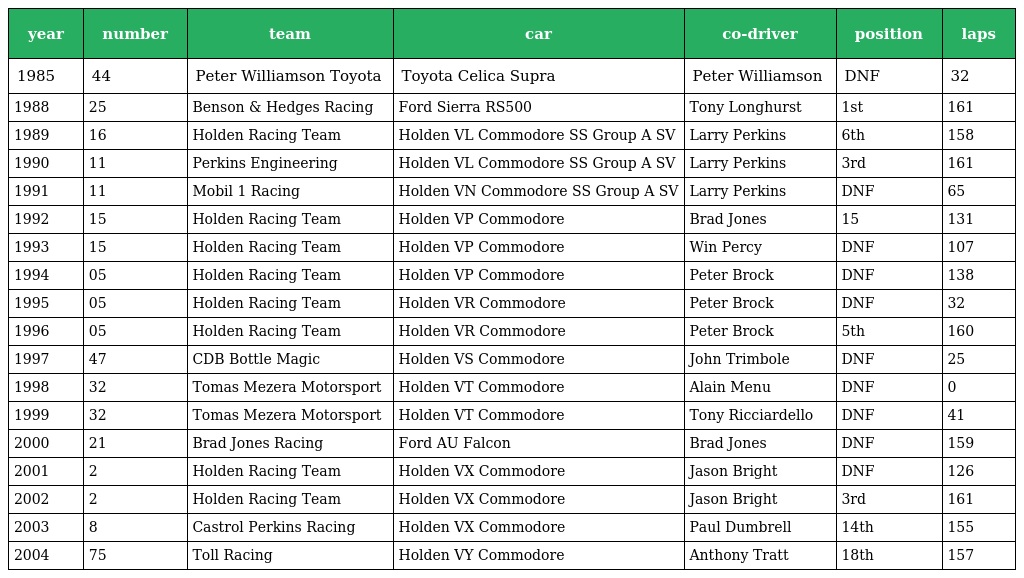
| year | number | team | car | co-driver | position | laps |
 | --- | --- | --- | --- | --- | --- | --- |
 | 1985 | 44 | Peter Williamson Toyota | Toyota Celica Supra | Peter Williamson | DNF | 32 |
 | 1988 | 25 | Benson & Hedges Racing | Ford Sierra RS500 | Tony Longhurst | 1st | 161 |
 | 1989 | 16 | Holden Racing Team | Holden VL Commodore SS Group A SV | Larry Perkins | 6th | 158 |
 | 1990 | 11 | Perkins Engineering | Holden VL Commodore SS Group A SV | Larry Perkins | 3rd | 161 |
 | 1991 | 11 | Mobil 1 Racing | Holden VN Commodore SS Group A SV | Larry Perkins | DNF | 65 |
 | 1992 | 15 | Holden Racing Team | Holden VP Commodore | Brad Jones | 15 | 131 |
 | 1993 | 15 | Holden Racing Team | Holden VP Commodore | Win Percy | DNF | 107 |
 | 1994 | 05 | Holden Racing Team | Holden VP Commodore | Peter Brock | DNF | 138 |
 | 1995 | 05 | Holden Racing Team | Holden VR Commodore | Peter Brock | DNF | 32 |
 | 1996 | 05 | Holden Racing Team | Holden VR Commodore | Peter Brock | 5th | 160 |
 | 1997 | 47 | CDB Bottle Magic | Holden VS Commodore | John Trimbole | DNF | 25 |
 | 1998 | 32 | Tomas Mezera Motorsport | Holden VT Commodore | Alain Menu | DNF | 0 |
 | 1999 | 32 | Tomas Mezera Motorsport | Holden VT Commodore | Tony Ricciardello | DNF | 41 |
 | 2000 | 21 | Brad Jones Racing | Ford AU Falcon | Brad Jones | DNF | 159 |
 | 2001 | 2 | Holden Racing Team | Holden VX Commodore | Jason Bright | DNF | 126 |
 | 2002 | 2 | Holden Racing Team | Holden VX Commodore | Jason Bright | 3rd | 161 |
 | 2003 | 8 | Castrol Perkins Racing | Holden VX Commodore | Paul Dumbrell | 14th | 155 |
 | 2004 | 75 | Toll Racing | Holden VY Commodore | Anthony Tratt | 18th | 157 |